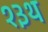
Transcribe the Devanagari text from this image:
१३थ